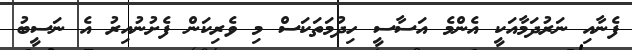
ފެނާއި ނަރުދަމާއަކީ އެންމެ އަސާސީ ހިދުމަތަކަސް މި ވެރިކަން ފެށުނުއިރު އެ ނަސީބު